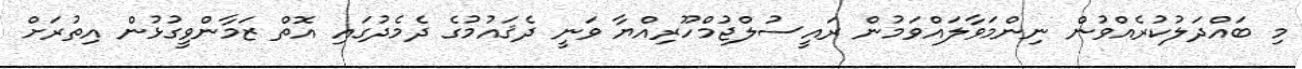
މި ބައްދަލުކުރެއްވުން ނިންމަވާލައްވަމުން ރައީސުލްޖުމްހޫރިއްޔާ ވަނީ ދެޤައުމުގެ ދެމެދުގައި އޮތް ޒަމާންވީގުޅުން އިތުރަށް